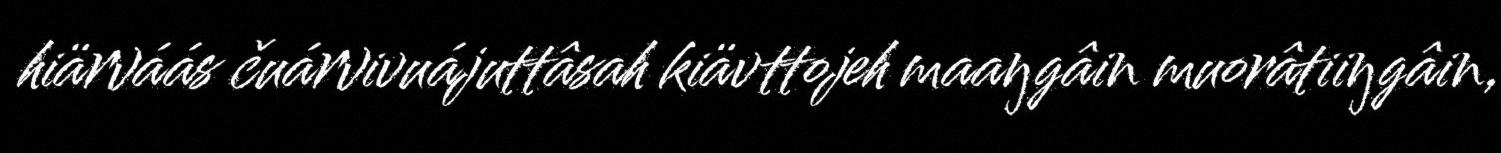
hiärváás čuárvivuájuttâsah kiävttojeh maaŋgâin muorâtiiŋgâin,